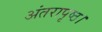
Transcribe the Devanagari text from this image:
अंतरापृष्ठ।